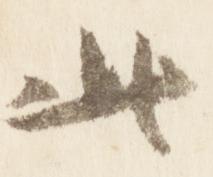
此